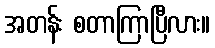
အတန်း စတာကြာပြီလား။